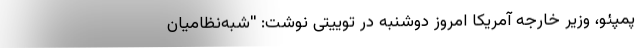
پمپئو، وزیر خارجه آمریکا امروز دوشنبه در توییتی نوشت: ''شبه‌نظامیان